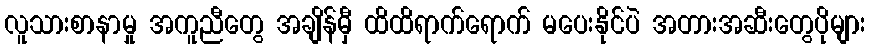
လူသားစာနာမှု အကူညီတွေ အချိန်မှီ ထိထိရာက်ရောက် မပေးနိုင်ပဲ အတားအဆီးတွေပိုများ